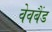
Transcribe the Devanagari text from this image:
वेवबैंड